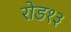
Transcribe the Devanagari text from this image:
रोड१३